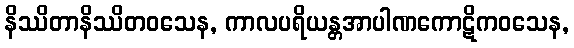
နိဿိတာနိဿိတဝသေန, ကာလပရိယန္တအာပါဏကောဋိကဝသေန,